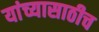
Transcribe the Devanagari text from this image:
यांच्यासाठीच